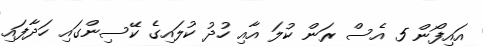
އައިފޯން 5 އެސް ރަން ކުލަ އާއި ހުދު ކުލައިގެ ކޭސިންގައި ހަދާފައި